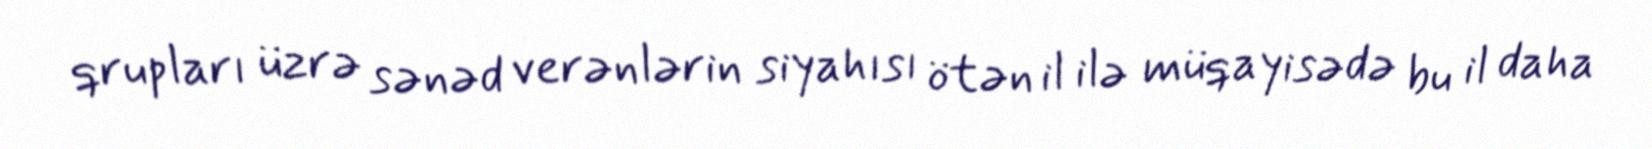
qrupları üzrə sənəd verənlərin siyahısı ötən il ilə müqayisədə bu il daha